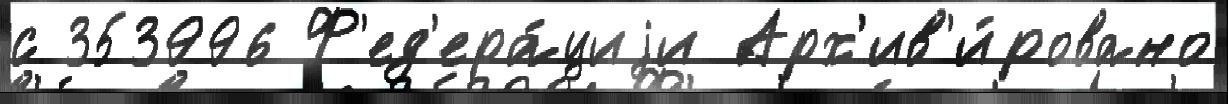
с 353996 Ф'ед'ера́циjи Арх'ив'и́ровано